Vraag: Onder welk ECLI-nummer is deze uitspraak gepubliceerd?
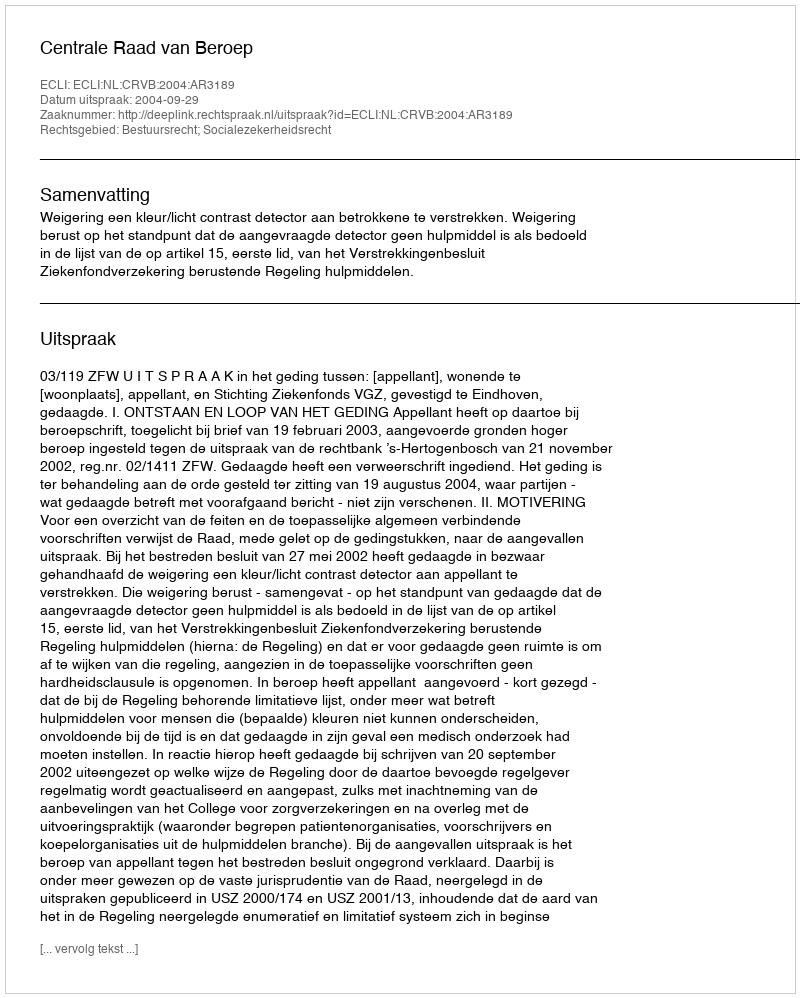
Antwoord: ECLI:NL:CRVB:2004:AR3189